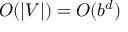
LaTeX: O ( | V | ) = O ( b ^ { d } )